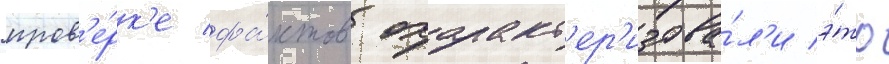
пров'е́рк'е фа́ктов охаракт'ер'изова́л'и э́то